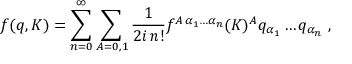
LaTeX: f ( q , K ) = \sum _ { n = 0 } ^ { \infty } \sum _ { A = 0 , 1 } \frac { 1 } { 2 i \, n ! } f ^ { A \, \alpha _ { 1 } \ldots \alpha _ { n } } ( K ) ^ { A } q _ { \alpha _ { 1 } } \ldots q _ { \alpha _ { n } } \, \, ,